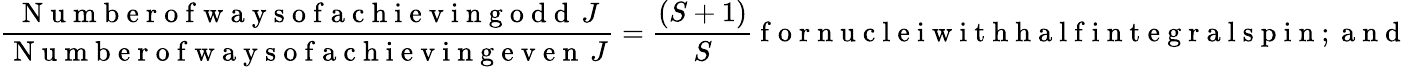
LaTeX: \frac{\mathrm{~N~u~m~b~e~r~o~f~w~a~y~s~o~f~a~c~h~i~e~v~i~n~g~o~d~d~}\, J}{\mathrm{~N~u~m~b~e~r~o~f~w~a~y~s~o~f~a~c~h~i~e~v~i~n~g~e~v~e~n~}\, J}=\frac{(S+1)}{S}\mathrm{~f~o~r~n~u~c~l~e~i~w~i~t~h~h~a~l~f~i~n~t~e~g~r~a~l~s~p~i~n~;~a~n~d~}